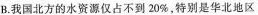
B.我国北方的水资源仅占不到20%，特别是华北地区